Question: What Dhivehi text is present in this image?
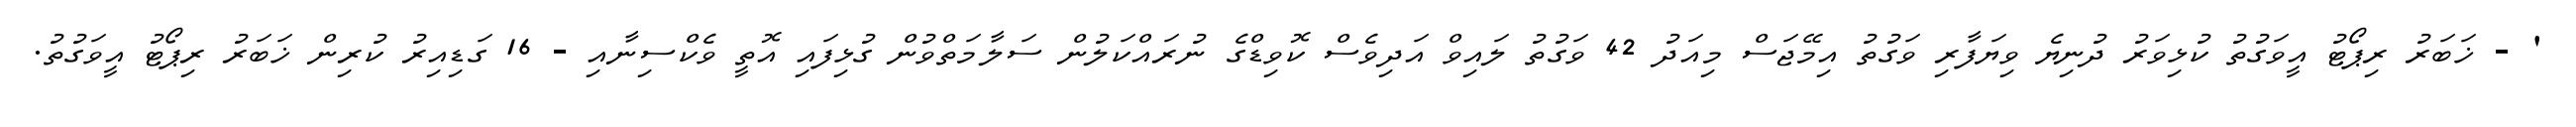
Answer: ' - ޚަބަރު ރިޕޯޓު އީވަގުތު ކުޅިވަރު ދުނިޔެ ވިޔަފާރި ވަގުތު އިމޭޖަސް މިއަދު 42 ވަގުތު ލައިވް އަދިވެސް ކޮވިޑްގެ ނުރައްކަލުން ސަލާމަތްވުން ގުޅިފައި އޮތީ ވެކްސިނާއި - 16 ގަޑިއިރު ކުރިން ޚަބަރު ރިޕޯޓު އީވަގުތު.